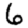
Digit: 6